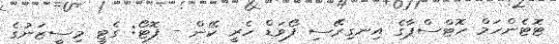
ޓޮޓެންހަމް ހޮޓްސްޕާގެ އިނގިރޭސި ފޯވަޑް ހެރީ ކޭން - ފޮޓޯ: ގެޓީ މިސީޒަނުގެ